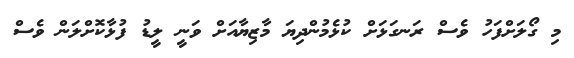
މި ގޯލަށްފަހު ވެސް ރަނގަޅަށް ކުޅެމުންދިޔަ މާޒިޔާއަށް ވަނީ ލީޑު ފުޅާކޮށްލަން ވެސް